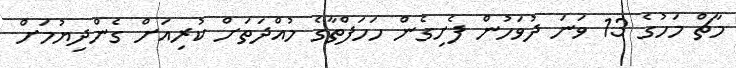
މާޗް މަހުގެ 13 ވަނަ ދުވަހުން ފެށިގެން ހަހަފްތާގެ މުއްދަތަށް ކުރިއަށް ގެންދިޔުމަށް